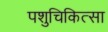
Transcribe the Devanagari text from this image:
पशुचिकित्‍सा